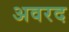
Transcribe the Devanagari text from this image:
अवरद